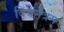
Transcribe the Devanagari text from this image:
द्विनेत्रम्